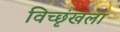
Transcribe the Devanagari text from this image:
विच्छृंखला